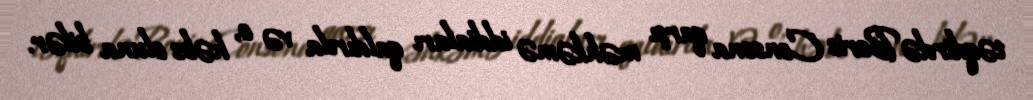
təqdirdə Boris Consona qarşı məhkəmə iddiaları qaldırıla və o, həbs oluna bilər.